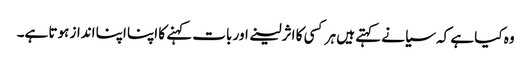
وہ کیا ہے کہ سیانے کہتے ہیں ہر کسی کا اثر لینے اور بات کہنے کا اپنا اپنا انداز ہوتا ہے۔